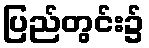
ပြည်တွင်း၌